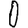
Digit: 0